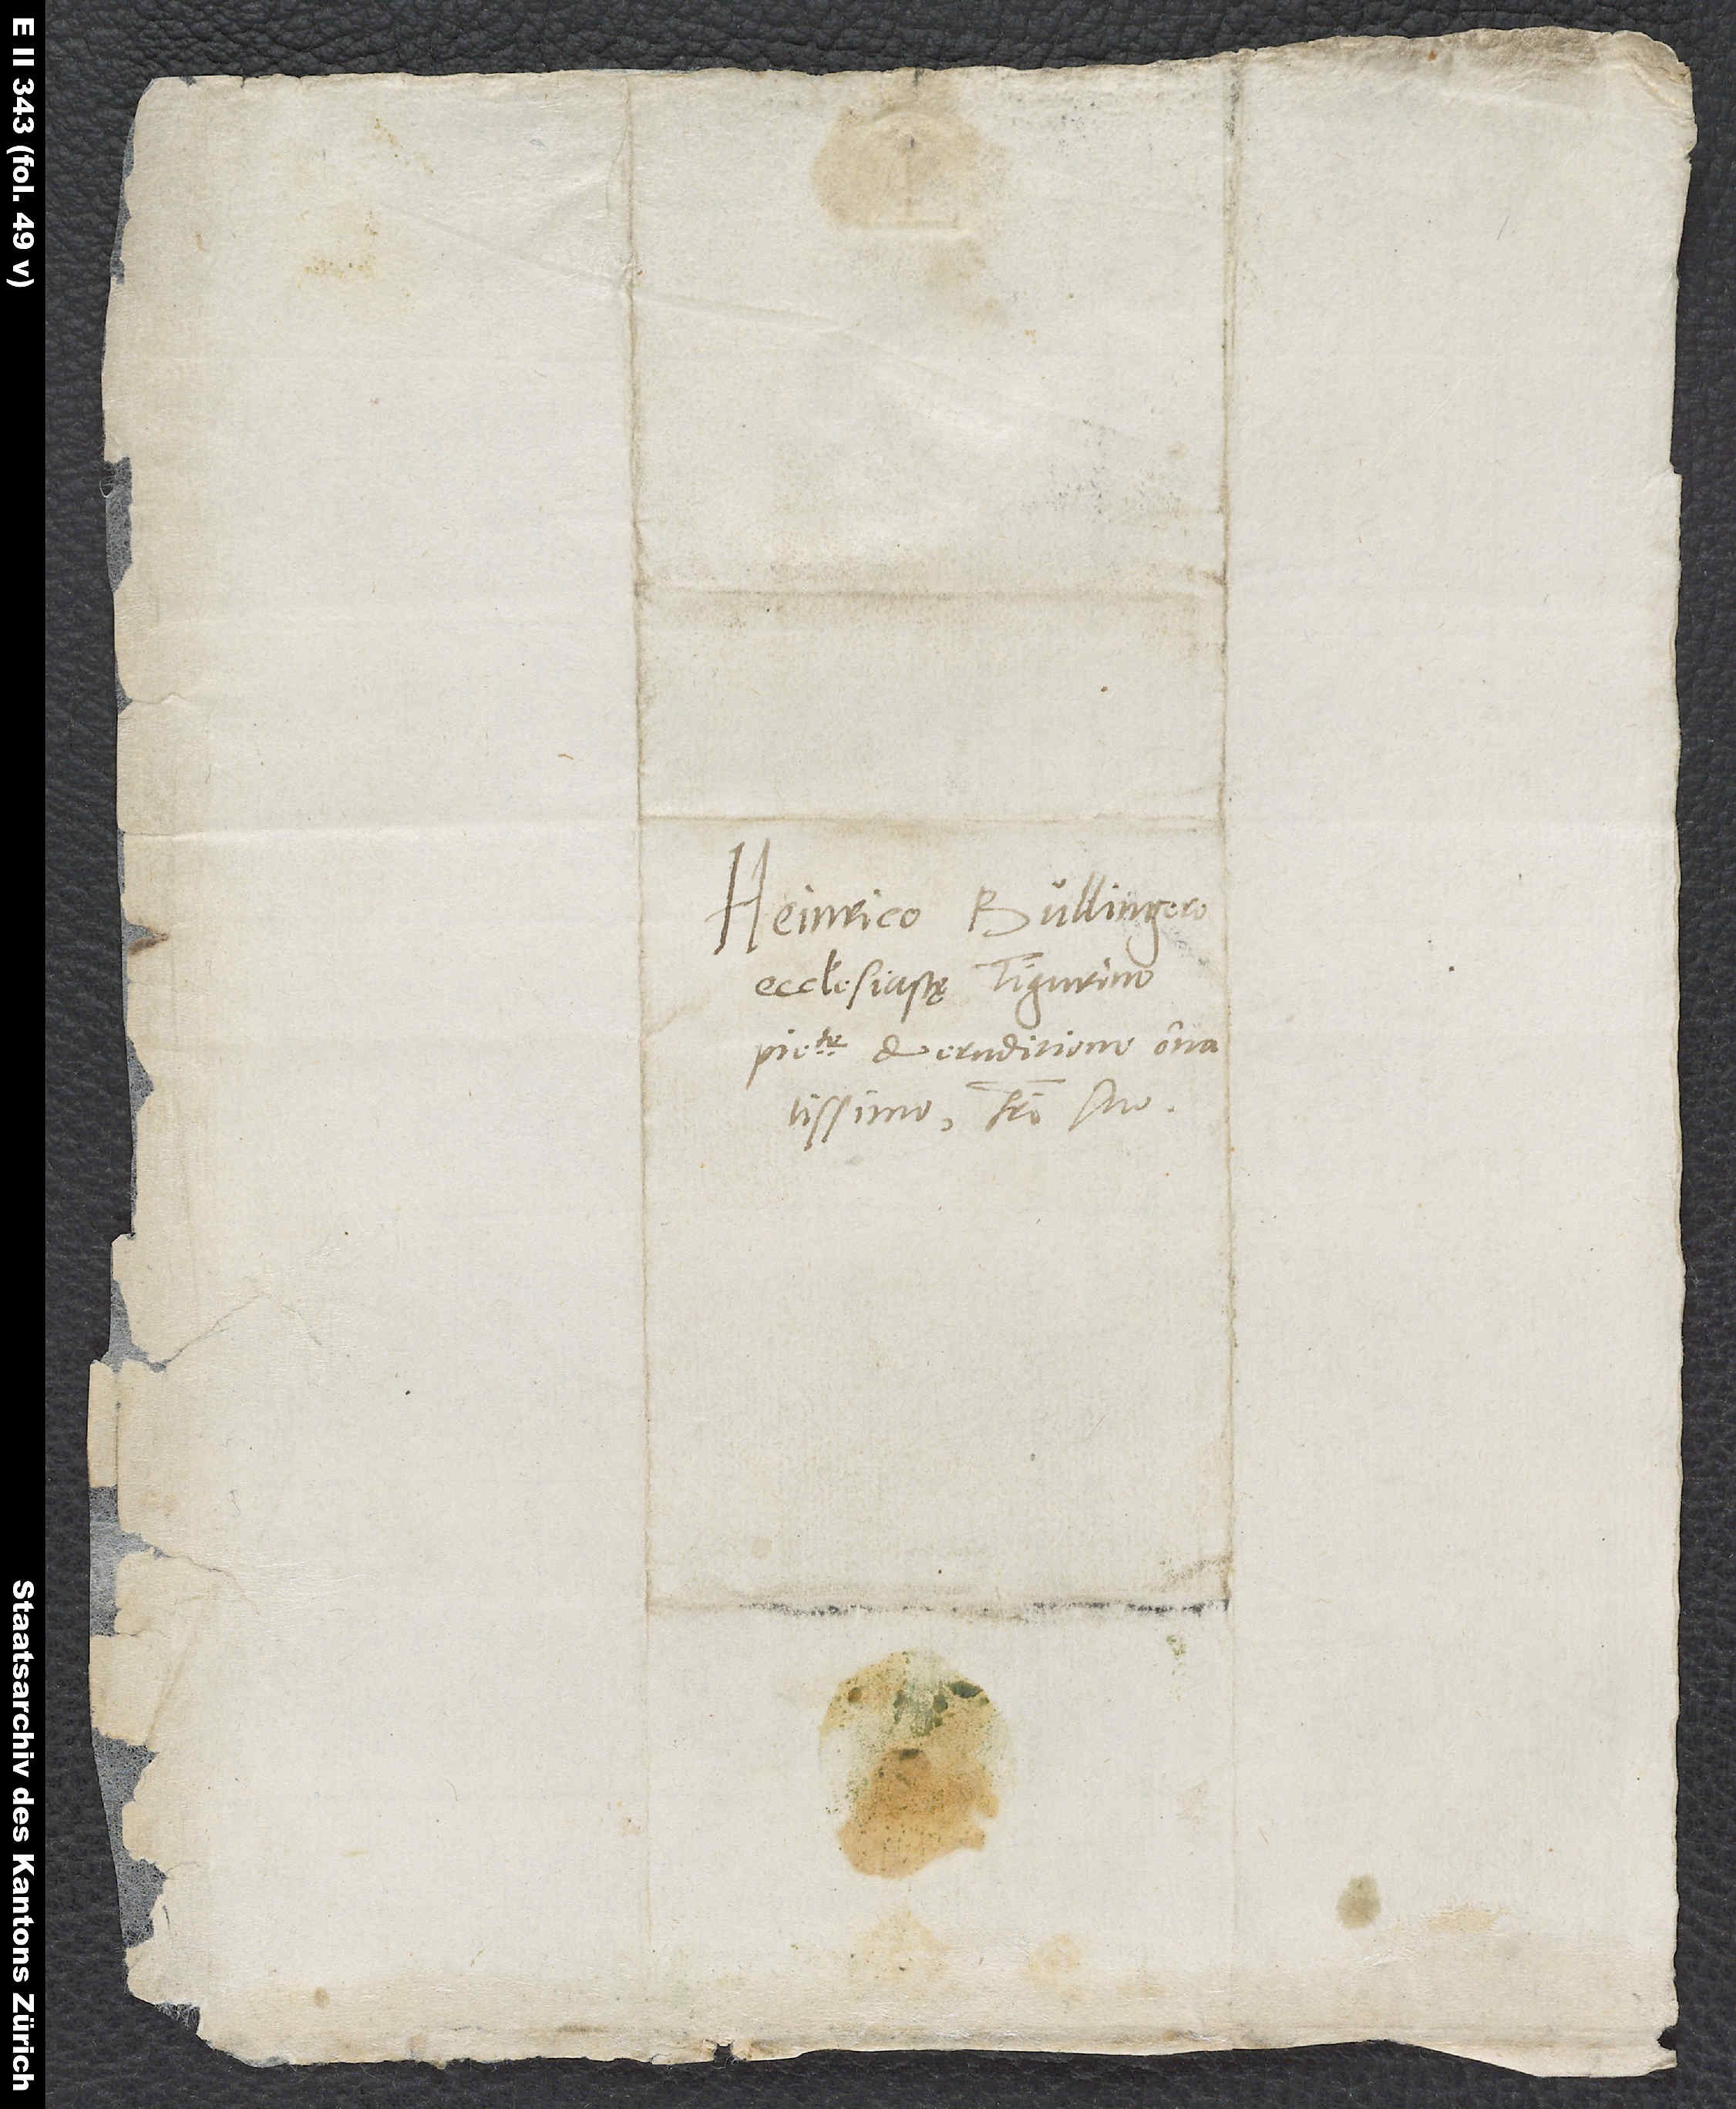
Heinrico Bullingero,
ecclesiastę Tigurino
fratri suo.